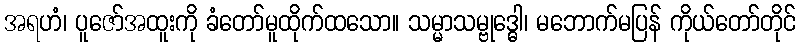
အရဟံ၊ ပူဇော်အထူးကို ခံတော်မူထိုက်ထသော။ သမ္မာသမ္ဗုဒ္ဓေါ၊ မဘောက်မပြန် ကိုယ်တော်တိုင်